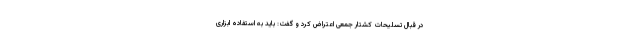
در قبال تسلیحات کشتار جمعی اعتراض کرد و گفت: باید به استفاده ابزاری